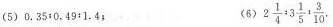
(5)0.35:0.49:1.4； (6)2 \frac{1}{4}:3 \frac{1}{5}: \frac{3}{10}.